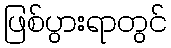
ဖြစ်ပွားရာတွင်